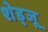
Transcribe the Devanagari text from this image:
शेड्जू